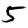
Digit: 5